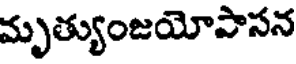
మృత్యుంజయోపాసన